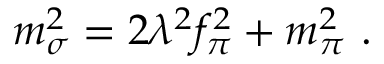
m _ { \sigma } ^ { 2 } = 2 \lambda ^ { 2 } f _ { \pi } ^ { 2 } + m _ { \pi } ^ { 2 } ~ .